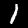
Label: 1